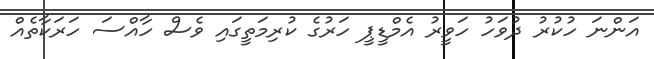
އަންނަ ހުކުރު ދުވަހު ހަވީރު އެމްޑީޕީ ހަރުގެ ކުރިމަތީގައި ވެސް ހާއްސަ ހަރަކާތެއް